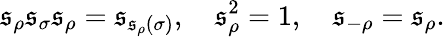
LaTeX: {\mathfrak{s}}_{\rho}{\mathfrak{s}}_{\sigma}{\mathfrak{s}}_{\rho}={\mathfrak{s}}_{\mathfrak{s}_{\rho}(\sigma)},\quad{\mathfrak{s}}_{\rho}^{2}=1,\quad{\mathfrak{s}}_{-\rho}={\mathfrak{s}}_{\rho}.